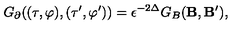
G _ { \partial } ( ( \tau , \varphi ) , ( \tau ^ { \prime } , \varphi ^ { \prime } ) ) = \epsilon ^ { - 2 \Delta } G _ { B } ( { \bf B } , { \bf B ^ { \prime } } ) ,